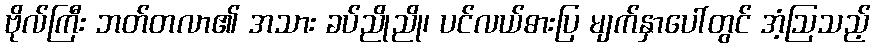
ဗိုလ်ကြီး ဘတ်တလာ၏ အသား ခပ်ညိုညို၊ ပင်လယ်ဓားပြ မျက်နှာပေါ်တွင် အံ့ဩသည့်